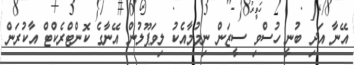
އޭނާ އަދި ބުނީ ހުސްވި ސީޒަން ނިމުމާއެކު ލިވަޕޫލުން އޭނާގެ ކޮންޓްރެކްޓް އާކުރަން